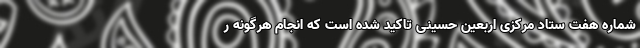
شماره هفت ستاد مرکزی اربعین حسینی تاکید شده است که انجام هرگونه ر